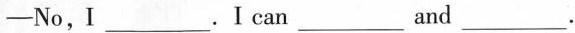
——No,Ⅰ___.I can___and___.